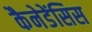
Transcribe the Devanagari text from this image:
कैनेडेंसिस